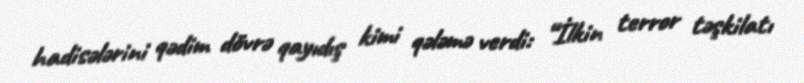
hadisələrini qədim dövrə qayıdış kimi qələmə verdi: “İlkin terror təşkilatı